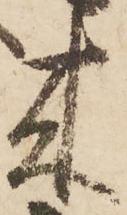
来